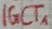
Text: IGCT1